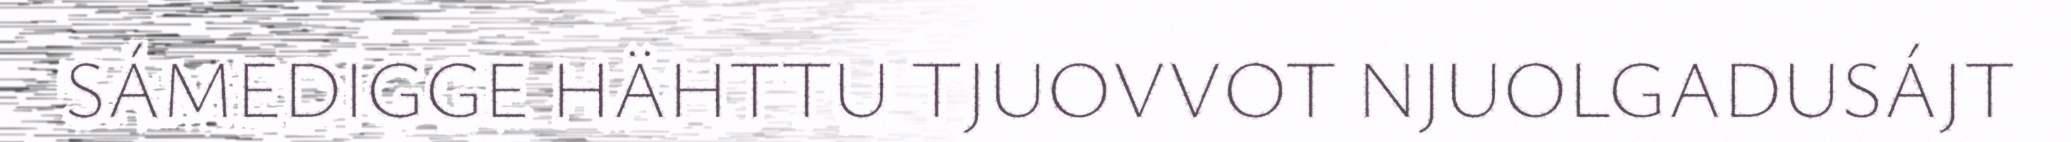
SÁMEDIGGE HÄHTTU TJUOVVOT NJUOLGADUSÁJT